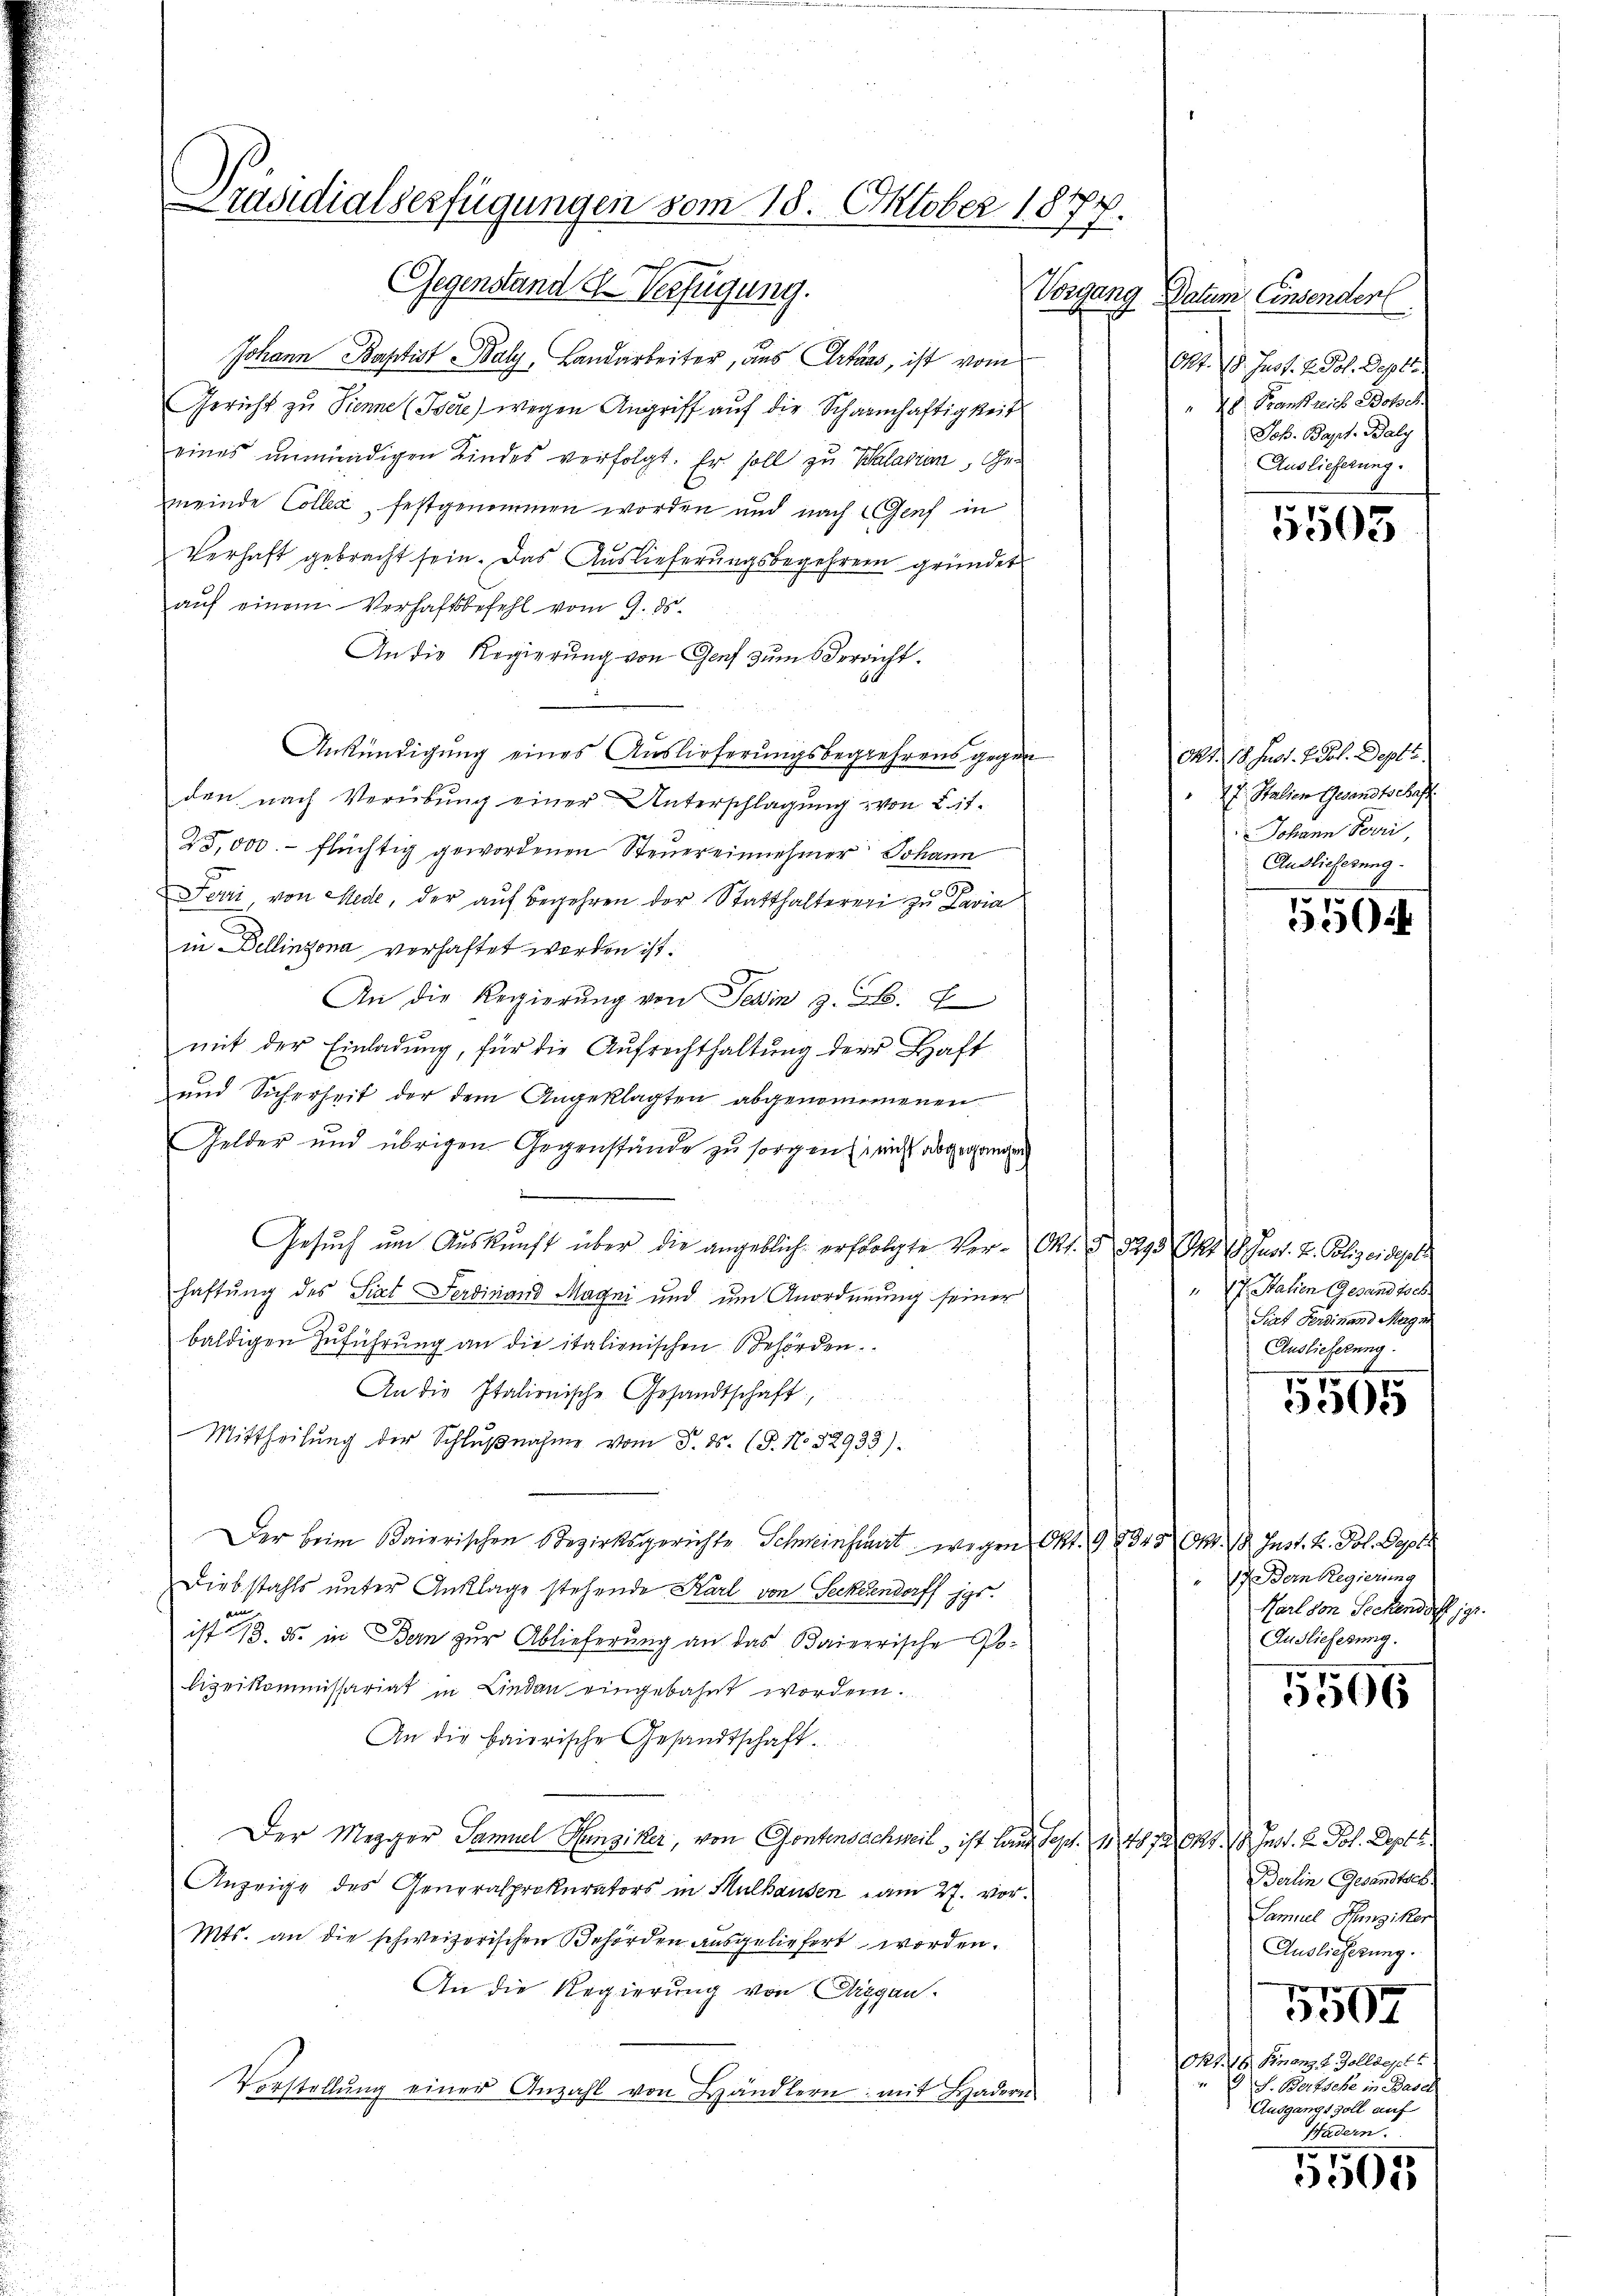
Präsidialserfügungen vom 18. Oktober 1877.

Gegenstand u. Verfügung.
Johann Baptist Baly, Landarbeiter, aus Artaas, ist vom
Gericht zu Sienne (Tere) wegen Angriff auf die Schaninhaftigkeit
eines unmündigen Kindes verfolgt. Er soll zu Salarian, Gemeinde Colleg festgenommen worden und nach Genf in
Verhaft gebracht sein. Das Auslieferŭngsbegehrern gründet
auf einem Verhaftsbefehl vom 9. ds.
An die Regierung von Genf zum Verricht
60
Ankündigung eines Auslieferungsbegehrens gegen
den nach Verübung einer Unterschlagung von Lit.
25,000.- flüchtig gewordenen Steuereinnehmer Johann
Ferri, von Mede, der auf Begehren der Statthalterer zu Pavia
in Dellinzona verhaftet werden ist.
An die Regierŭng von Tessin . .
mit der Einladung, für die Aufrechthaltung der Haft
und Sicherheit der dem Angeklagten abgenommenen
Gelder und übrigen Gegenstände zu sorgen, nicht abgegangen

Gesuch um Auskunft über die angeblich erfolgte Ver- Pkt. § 1293 (s. S. Gust. 2. Polizeidest
haftung des Sixt Ferdinand Magni und um Anordnung seiner
baldigen Zŭführŭng an die italionischen Behörden.
An die Italionische Gesandtschaft,
Mittheilung der Schlŭβnahme vom 3. ds. (T. N. 32933).
Der beim Baierischen Bezirksgerichte Schweinharrt wegen Okt. 98345 Okt. 18. Just. H. Pol. Gepla
Diebstahls unter Anklage stehende Karl von Seckendorff ist.
au
ist 13. ds. in Bern zur Ablieferung an das Baierische Polizeikommissariat in Lindau eingebahnt worden.
An die baierische Gesandtschaft.
Der Mezger Samuel Hunziker, von Gontensachweil, ist laut Sept. 114872 Okt. 18. Inst. 2. Joh. Dept. 1
Anzeige des Generalprokurators in Mulhausen am 27. vor¬
Mts. an die schweizerischen Behörden ausgeliefert worden.
An die Regierung von Cliggan
Vorstellŭng einer Anzahl von Händlern mit Haderes

Vorgang Datum Einsender
Okt. 10. Just. 2. Pot. Deptt.
28 Frankreich Botsch
Joh. Bapt. Baly
Auslieferung.

5503

Okt. 18. Just 1 Dot. Deptt.
17. Stalien Gesandtschaft
Johann Forri,
Auslieferung.

550

7 Statien Gesandtsch
Sirt Ferdinand Magen
Auslieferung

5505

17 der Regierung
Karl von Seckendorff jgr.
Auslieferung.

5506

Berlin Gesandtsch
Samuel Hunziker
Auslieferung.

3007
Okt. 16. Finanz 2 Zolldept
2 S. Bertsche in Basel
Ausgangsvoll auf
Hadern

75
07